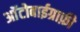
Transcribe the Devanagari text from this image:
आॅटोबाईग्राफ़ी